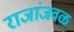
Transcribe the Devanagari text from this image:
राजांजवळ